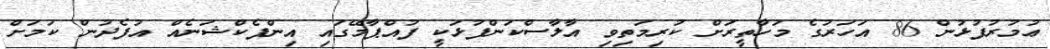
ޢުމުރުފުޅުން 86 އަހަރުގެ މަހާތީރަށް ކުރިމަތިވި އާލާސްކަންފުޅަކީ ފުއްޕާމޭގައި އިންފެކްޝަނެއް އުފެދުން ކަމަށް